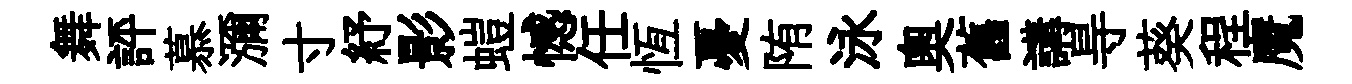
舞評慕瀰寸紓影螘憾任恆憂陏泳奧舊講㝵葵程魔